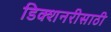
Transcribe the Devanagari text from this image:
डिक्शनरीसाठी